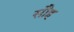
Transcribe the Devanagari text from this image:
सौह